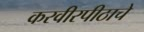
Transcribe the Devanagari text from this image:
करवीरपीठाचे